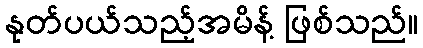
နုတ်ပယ်သည့်အမိန့် ဖြစ်သည်။